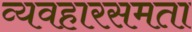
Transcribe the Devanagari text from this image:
व्यवहारसमता